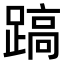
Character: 𨃤